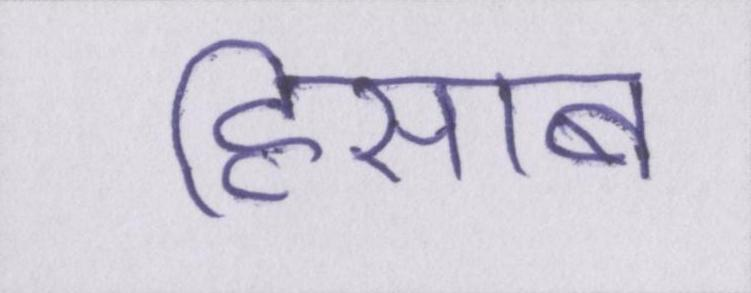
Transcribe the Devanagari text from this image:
हिसाब